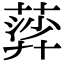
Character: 𦹈